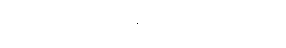
လမ်းမှာမရပ်တဲ့ မြန်တဲ့ ရထား စီးရမယ်။